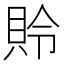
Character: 𰶾